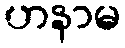
ဟနာမ